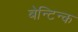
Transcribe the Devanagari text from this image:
बेन्टिन्क